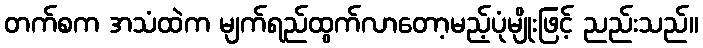
တက်စက အသံထဲက မျက်ရည်ထွက်လာတော့မည့်ပုံမျိုးဖြင့် ညည်းသည်။